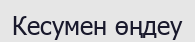
Кесумен өңдеу